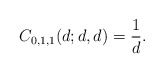
\begin{align*} C_{0,1,1}(d; d,d) = {1\over d}.\end{align*}